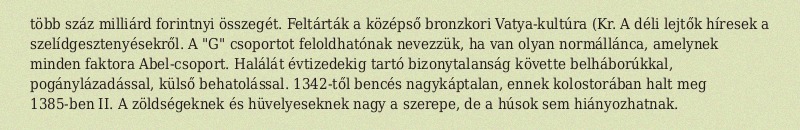
több száz milliárd forintnyi összegét. Feltárták a középső bronzkori Vatya-kultúra (Kr. A déli lejtők híresek a szelídgesztenyésekről. A "G" csoportot feloldhatónak nevezzük, ha van olyan normállánca, amelynek minden faktora Abel-csoport. Halálát évtizedekig tartó bizonytalanság követte belháborúkkal, pogánylázadással, külső behatolással. 1342-től bencés nagykáptalan, ennek kolostorában halt meg 1385-ben II. A zöldségeknek és hüvelyeseknek nagy a szerepe, de a húsok sem hiányozhatnak.